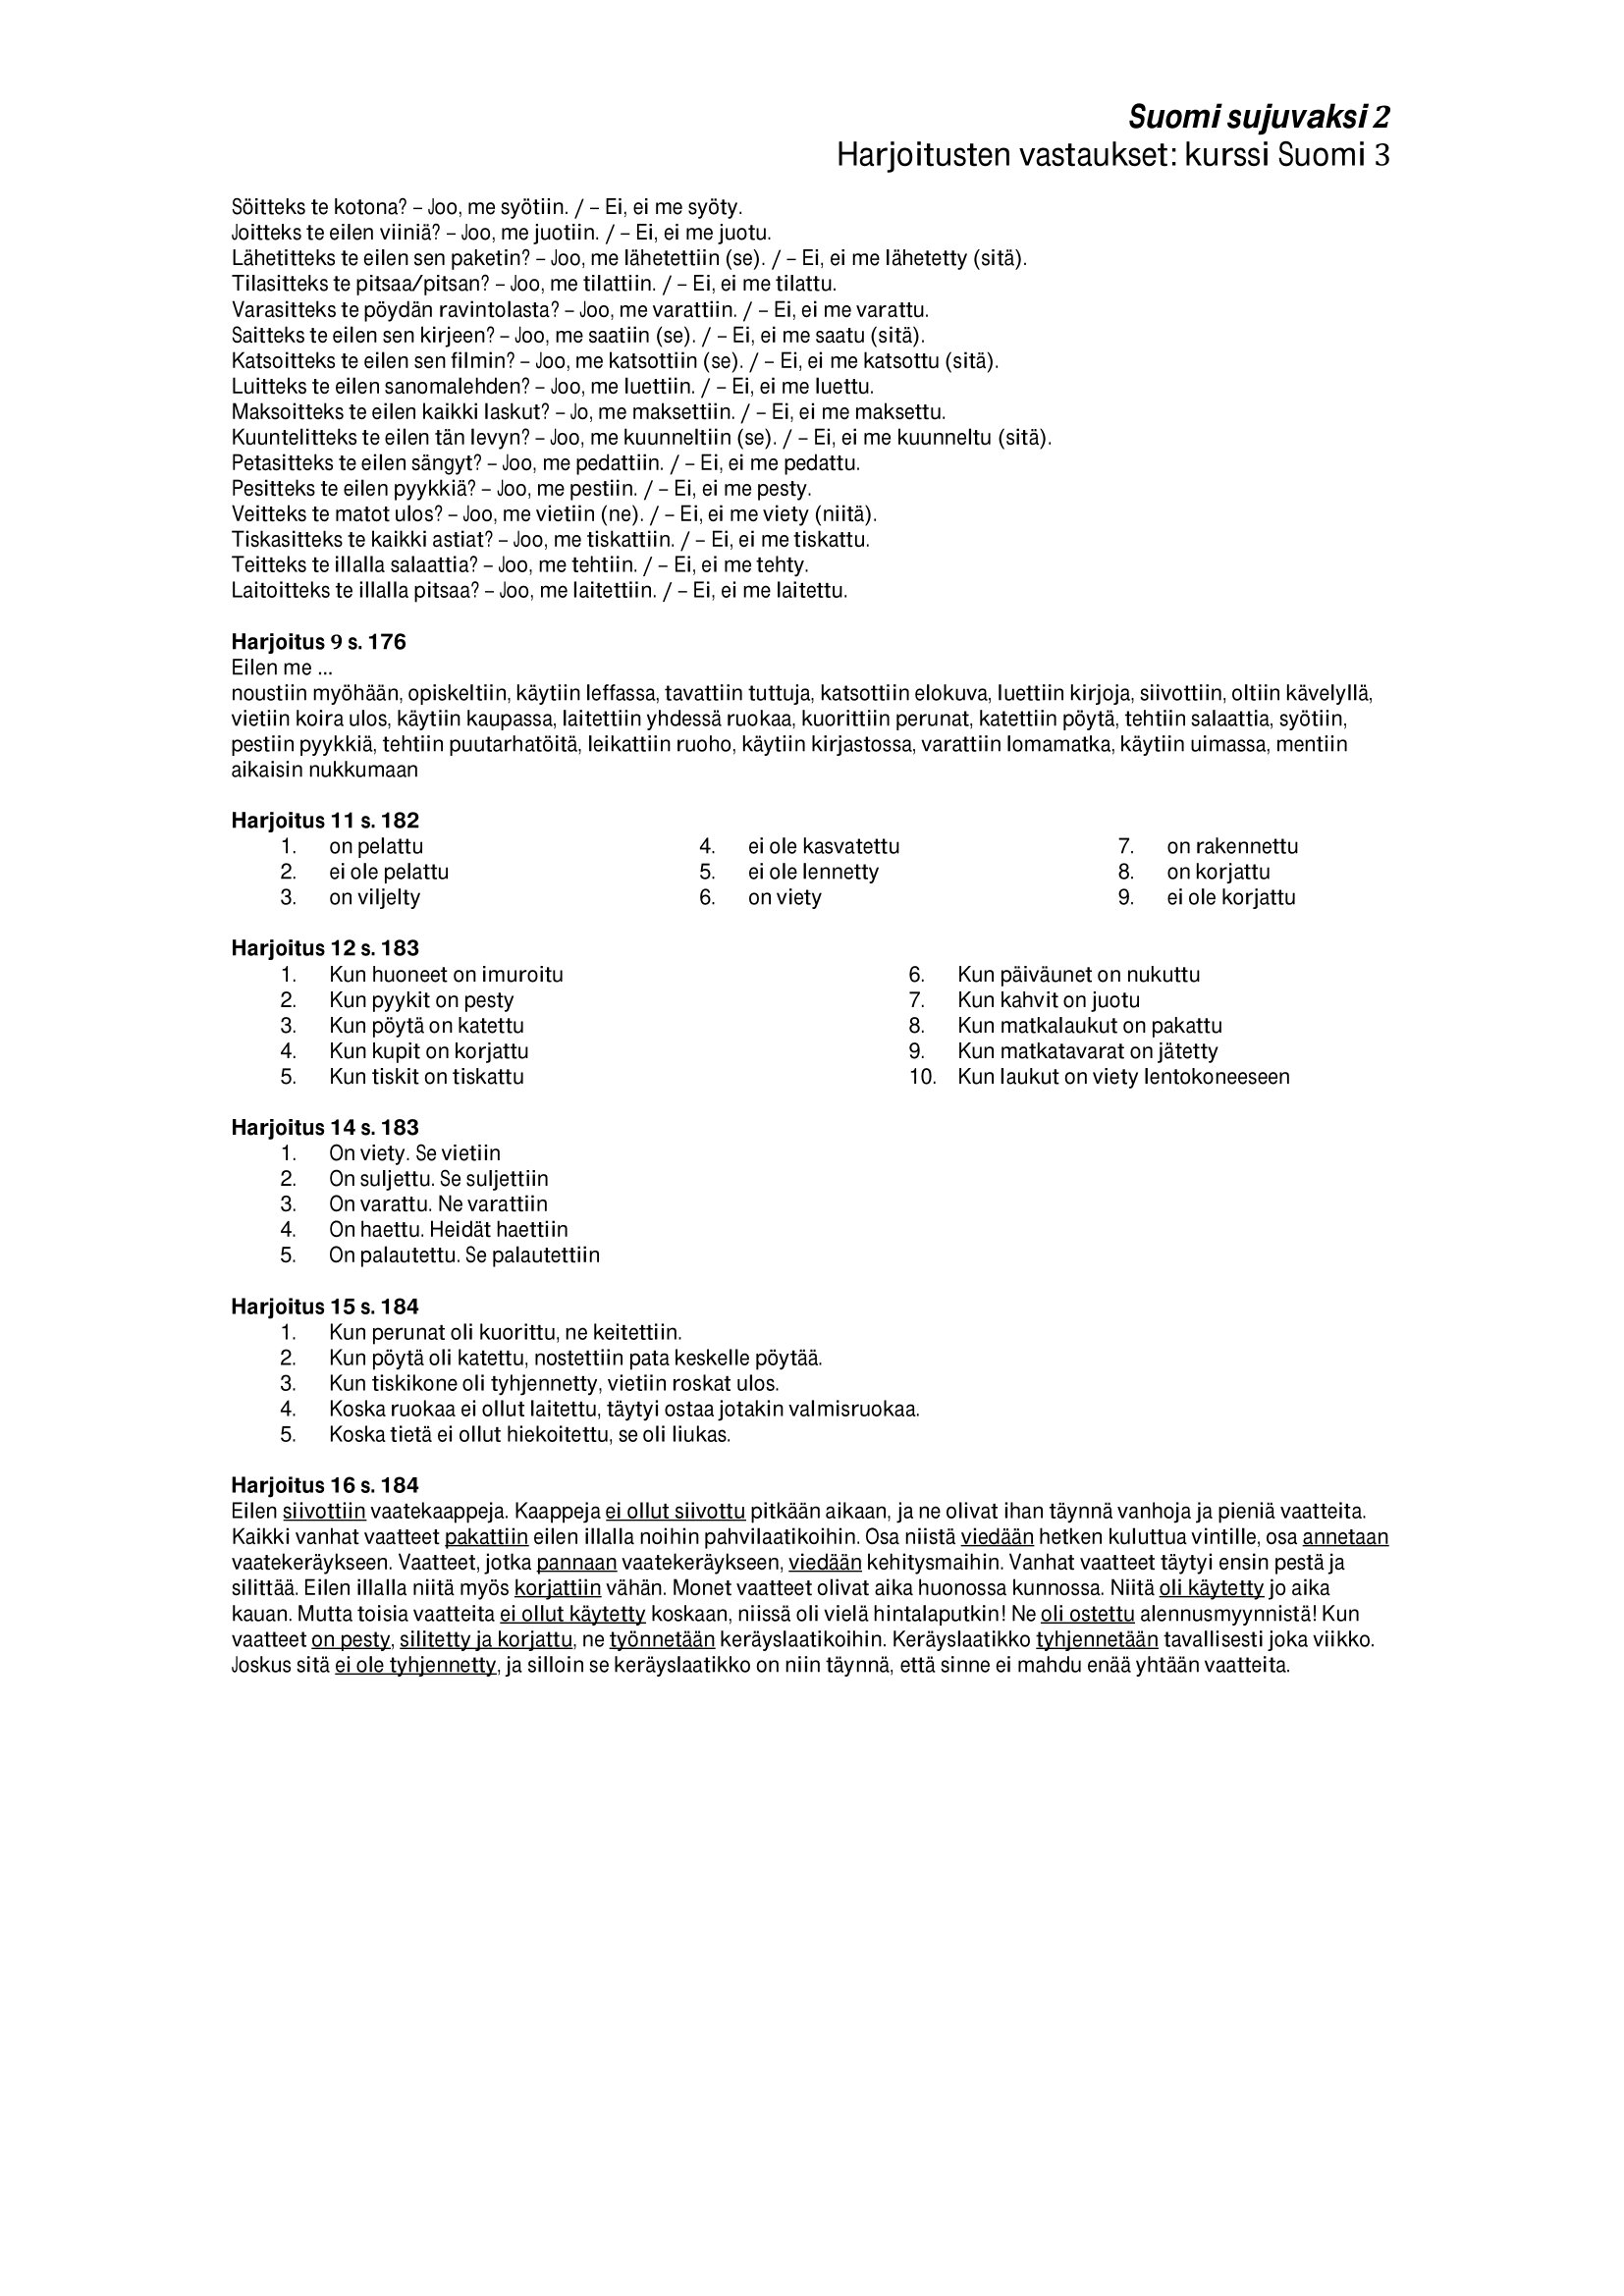
Language: fn